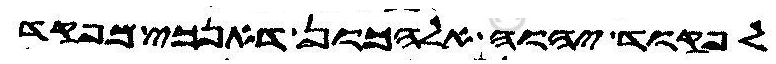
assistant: לפקוד יהוה אלהכון דאנכי מפקד